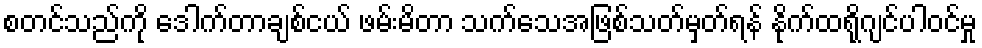
စတင်သည်ကို ဒေါက်တာချစ်ငယ် ဖမ်းမိတာ သက်သေအဖြစ်သတ်မှတ်ရန် နိုက်ထရိုဂျင်ပါဝင်မှု